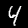
Label: 4